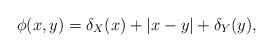
LaTeX: \begin{align*}\phi(x,y) = \delta_X(x) + |x-y| + \delta_Y(y),\end{align*}